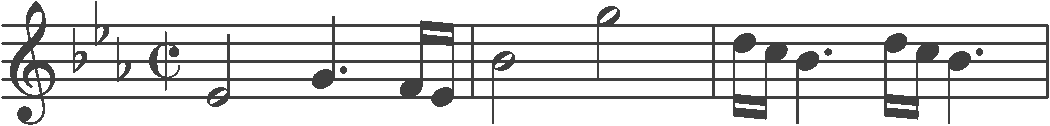
Transcription: clef-G2 keySignature-EbM timeSignature-C/ note-Eb4_half note-G4_quarter. note-F4_sixteenth note-Eb4_sixteenth barline note-Bb4_half note-G5_half barline note-D5_sixteenth note-C5_sixteenth note-Bb4_quarter. note-D5_sixteenth note-C5_sixteenth note-Bb4_quarter. barline